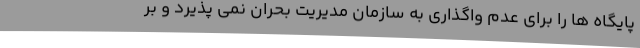
پایگاه ها را برای عدم واگذاری به سازمان مدیریت بحران نمی پذیرد و بر